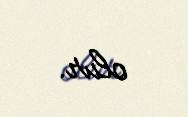
olur.